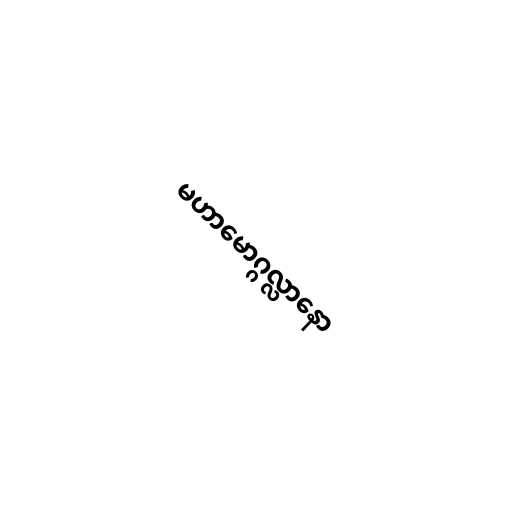
မဟာမောဂ္ဂလ္လာနော